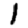
Digit: 1